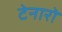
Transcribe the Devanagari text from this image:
टेनारो